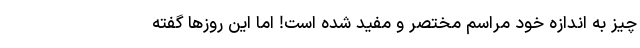
چیز به اندازه خود مراسم مختصر و مفید شده است! اما این روزها گفته